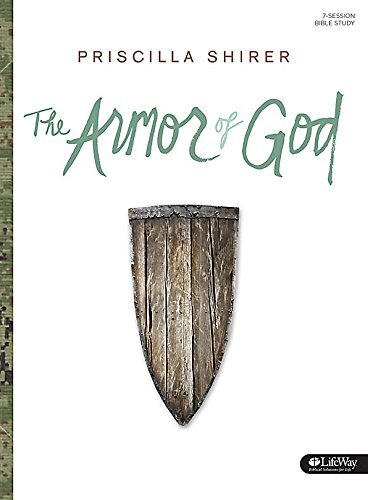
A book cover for Armor of God (Member Book); Priscilla Shirer; Reference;